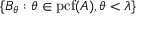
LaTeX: \{ B _ { \theta } : \theta \in \mathrm { { p c f } } ( A ) , \theta < \lambda \}